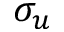
\sigma _ { u }